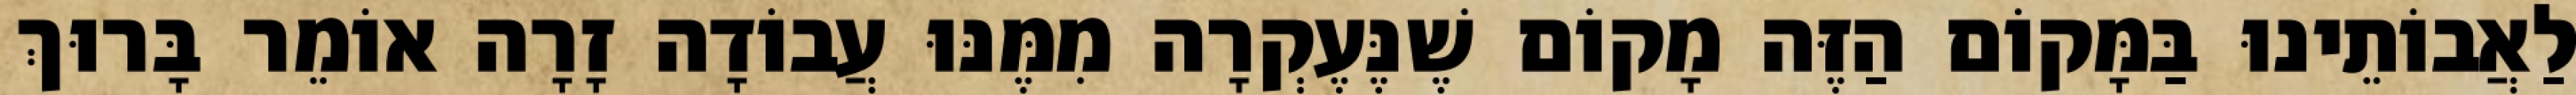
לַאֲבוֹתֵינוּ בַּמָּקוֹם הַזֶּה מָקוֹם שֶׁנֶּעֶקְרָה מִמֶּנּוּ עֲבוֹדָה זָרָה אוֹמֵר בָּרוּךְ